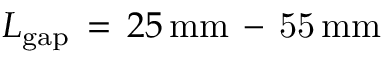
L _ { \mathrm { { g a p } } } \, = \, 2 5 \, \mathrm { { m m } \, - \, 5 5 \, \mathrm { { m m } } }